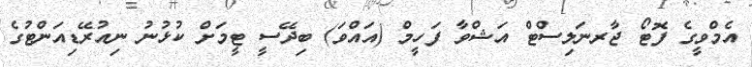
އެމްވީގެ ފޮޓޯ ޖާރނަލިސްޓް އަޝްވާ ފަހީމް (އައްވަ) ބިދޭސީ ޓީމަށް ކުޅުނު ނިއުރޭޑިއަންޓުގެ